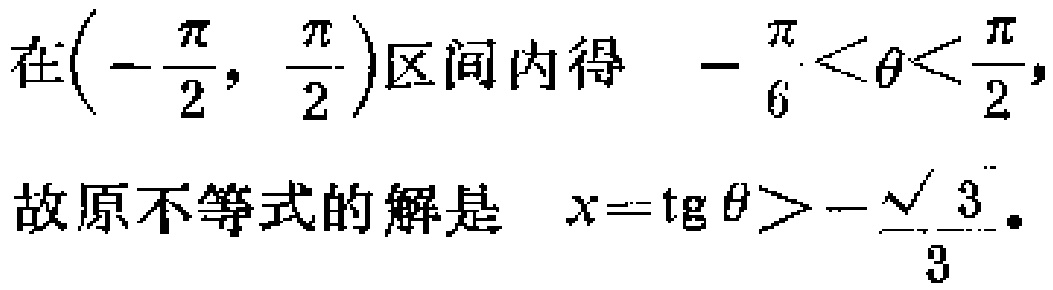
在$\left(-\frac{\pi}{2}, \frac{\pi}{2}\right)$区间内得 $-\frac{\pi}{6}<\theta<\frac{\pi}{2},$

故原不等式的解是 $x = \operatorname{tg} \theta>-\frac{\sqrt{3}}{3}.$